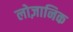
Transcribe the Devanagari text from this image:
लोज़ानिक